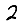
Digit: 2